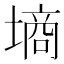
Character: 墒